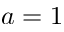
a = 1